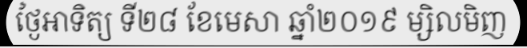
ថ្ងៃអាទិត្យ ទី២៨ ខែមេសា ឆ្នាំ២០១៩ ម្សិលមិញ